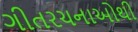
ગીતરચનાઓથી